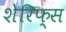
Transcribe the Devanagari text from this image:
शेरिफ्स